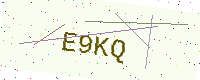
Text: E9KQ